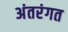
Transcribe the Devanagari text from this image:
अंतरंगत